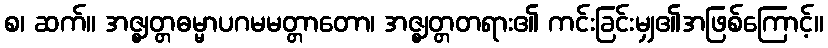
စ၊ ဆက်။ အဇ္ဈတ္တဓမ္မာပဂမမတ္တာတော၊ အဇ္ဈတ္တတရား၏ ကင်းခြင်းမျှ၏အဖြစ်ကြောင့်။